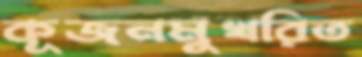
কূজনমুখরিত